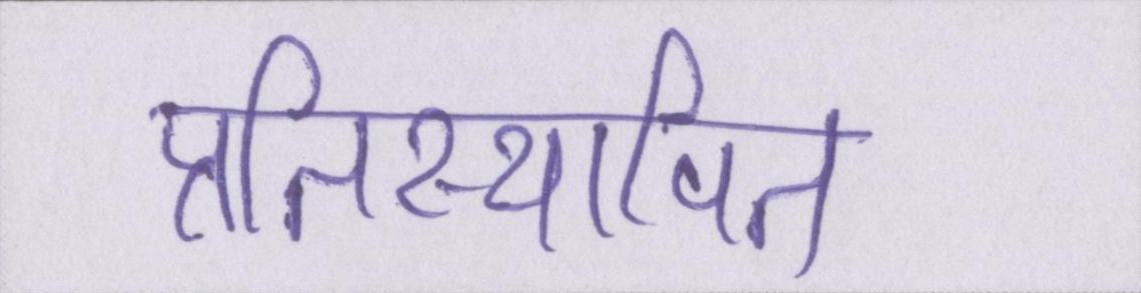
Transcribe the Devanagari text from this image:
प्रतिस्थापित